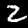
Digit: 2